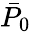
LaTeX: \bar{P}_{\mathrm{0}}